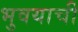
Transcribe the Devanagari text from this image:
भुवयाची